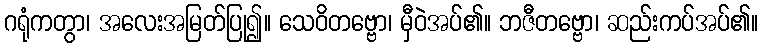
ဂရုံကတွာ၊ အလေးအမြတ်ပြု၍။ သေဝိတဗ္ဗော၊ မှီဝဲအပ်၏။ ဘဇီတဗ္ဗော၊ ဆည်းကပ်အပ်၏။